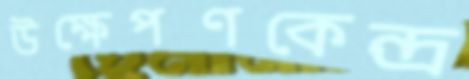
উক্ষেপণকেন্দ্র